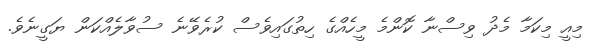
މިއީ މިކަމާ މެދު ވިސްނާ ކޮންމެ މީހެއްގެ ހިތުގައިވެސް ކުރެވޭނެ ސުވާލެއްކަން ޔަގީނެވެ.